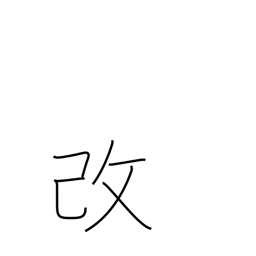
Meaning: modify